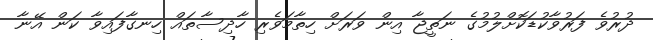
ދުރުވެ ފަރުވާކުޑަކޮށްލުމުގެ ނަތީޖާ އިން ވަރަށް ހިތާމަވެރި ހާދިސާތައް ހިނގާފައިވާ ކަން އޭނާ